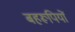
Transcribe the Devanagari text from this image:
बहरूपियों